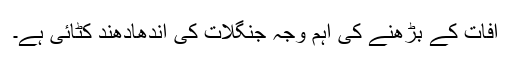
آفات کے بڑھنے کی اہم وجہ جنگلات کی اندھادھند کٹائی ہے۔